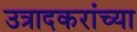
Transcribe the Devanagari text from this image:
उत्रादकरांच्या